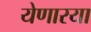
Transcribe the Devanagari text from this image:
येणारया